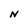
Character: N